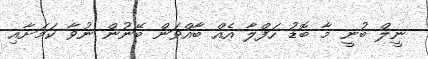
ނީލް ބުނީ މާ ބޮޑު ހަފްލާ އެއް ބާއްވަން ބޭނުން ނުވާ ކަމަށާއި